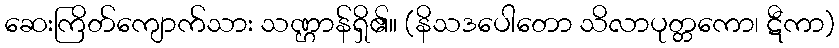
ဆေးကြိတ်ကျောက်သား သဏ္ဌာန်ရှိ၏။ (နိသဒပေါတော သိလာပုတ္တကော၊ ဋီကာ)